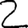
Digit: 2